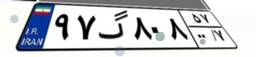
۹۷گ۸۰۸۵۷